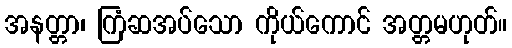
အနတ္တာ၊ ကြံဆအပ်သော ကိုယ်ကောင် အတ္တမဟုတ်။